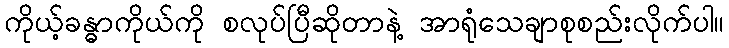
ကိုယ့်ခန္ဓာကိုယ်ကို စလုပ်ပြီဆိုတာနဲ့ အာရုံသေချာစုစည်းလိုက်ပါ။